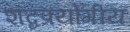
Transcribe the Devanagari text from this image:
शब्दप्रयोगीय